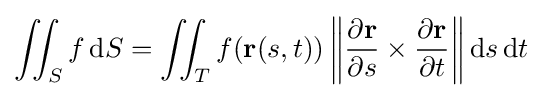
\iint _{S}f\,\mathrm {d} S=\iint _{T}f(\mathbf {r} (s,t))\left\|{\partial \mathbf {r}  \over \partial s}\times {\partial \mathbf {r}  \over \partial t}\right\|\mathrm {d} s\,\mathrm {d} t